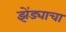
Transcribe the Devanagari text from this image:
झेंड्याचा